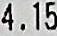
4.15